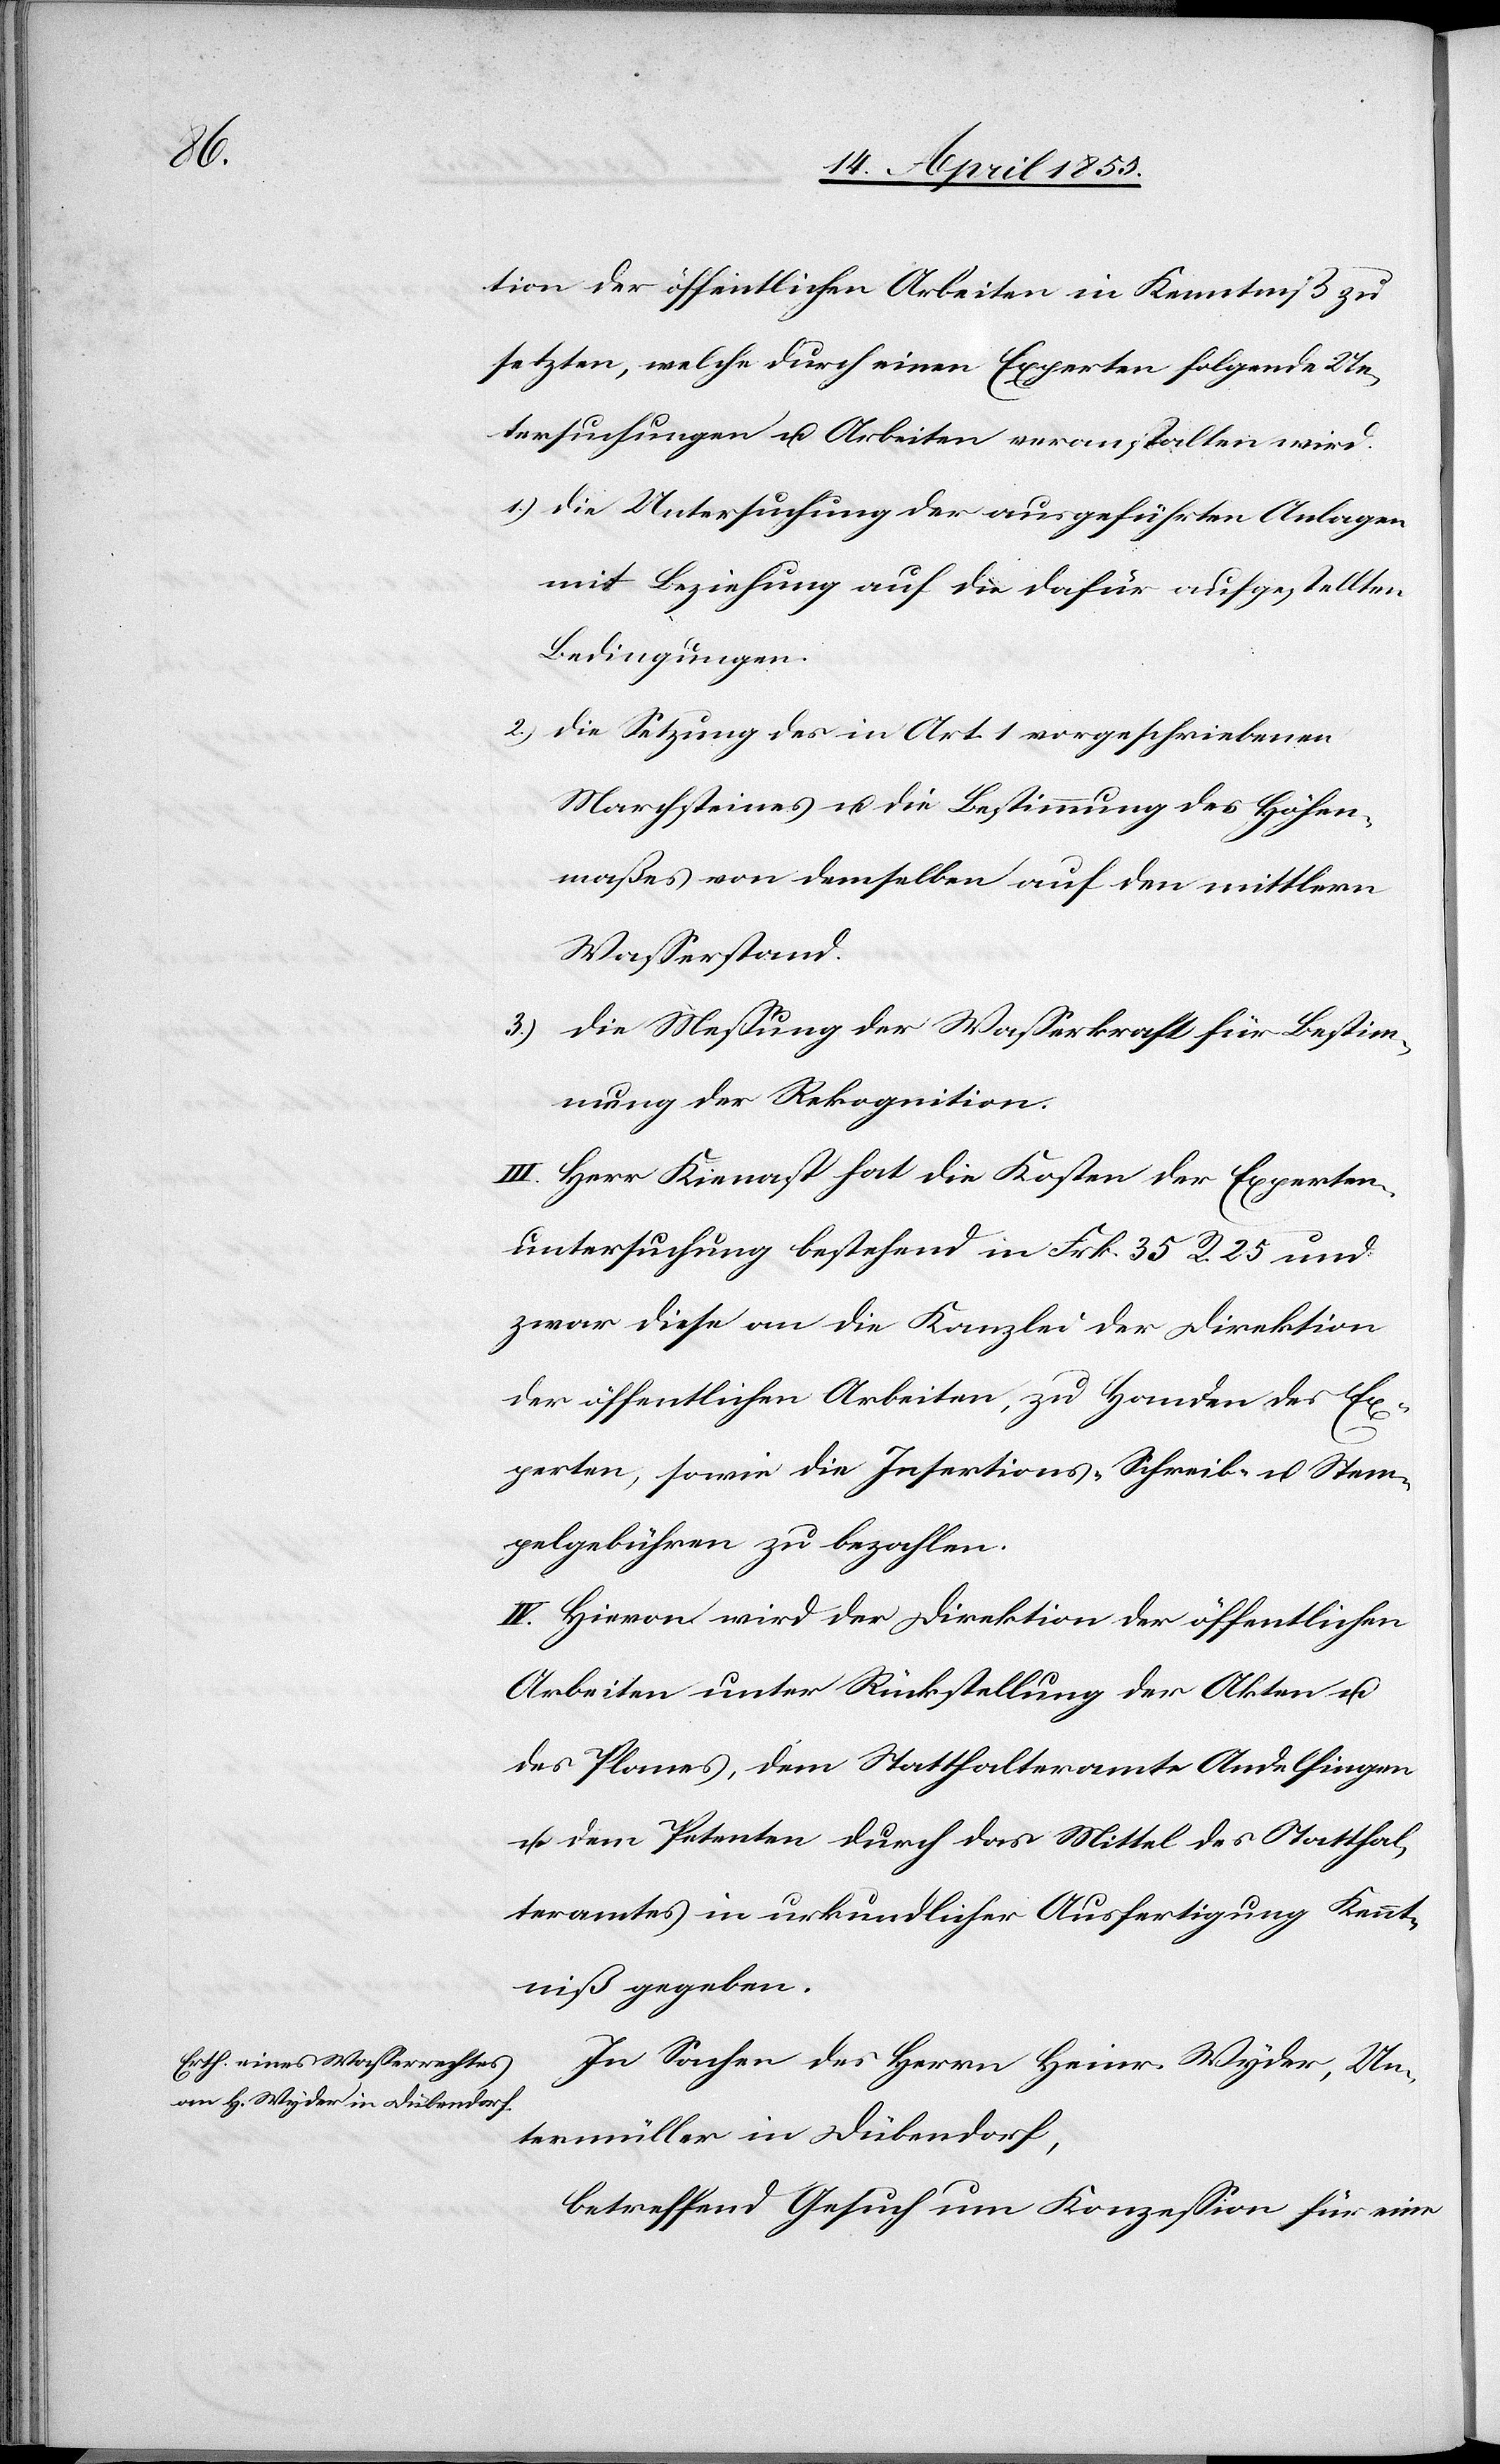
tion der öffentlichen Arbeiten in Kenntniß zu
Untersuchungen u. Arbeiten veranstalten wird.
die Untersuchung der ausgeführten Anlagen
mit Beziehung auf die dafür aufgestellten
Bedingungen.
die Setzung des in Art. 1 vorgeschriebenen
Marchsteines u. die Bestimmung des Höhen¬
maßes von demselben auf den mittlern
Wasserstand.
die Messung der Wasserkraft für Bestim¬
mung der Rekognition.
III. Herr Kienast hat die Kosten der Experten¬
untersuchung bestehend in Frk. 35 R. 25 und
zwar diese an die Kanzlei der Direktion
der öffentlichen Arbeiten, zu Handen des Ex¬
perten, sowie die Insertions-[,] Schreib- u. Stem¬
pelgebühren zu bezahlen.
IV. Hievon wird der Direktion der öffentlichen
Arbeiten unter Rückstellung der Akten u.
des Planes, dem Statthalteramte Andelfingen
u. dem Petenten durch das Mittel des Statthal¬
teramtes in urkundlicher Ausfertigung Kennt¬
niß gegeben.
In Sachen des Herrn Heinr. Wyder, Un¬
termüller in Dübendorf,
betreffend Gesuch um Konzession für eine